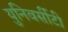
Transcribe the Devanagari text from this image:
युनिवर्सीटी